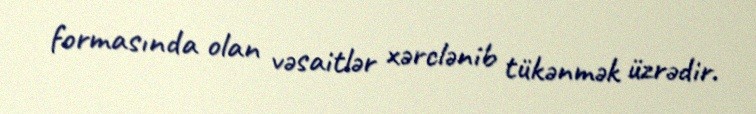
formasında olan vəsaitlər xərclənib tükənmək üzrədir.